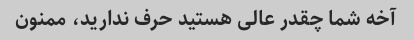
آخه شما چقدر عالی هستید حرف ندارید، ممنون